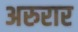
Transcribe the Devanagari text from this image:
अरुरार